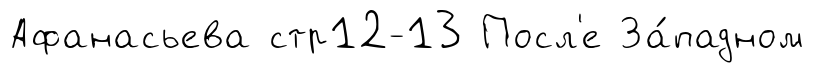
Афанасьева стр12-13 Посл'е За́падном